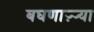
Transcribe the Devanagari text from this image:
बघणाऱ्र्‍या